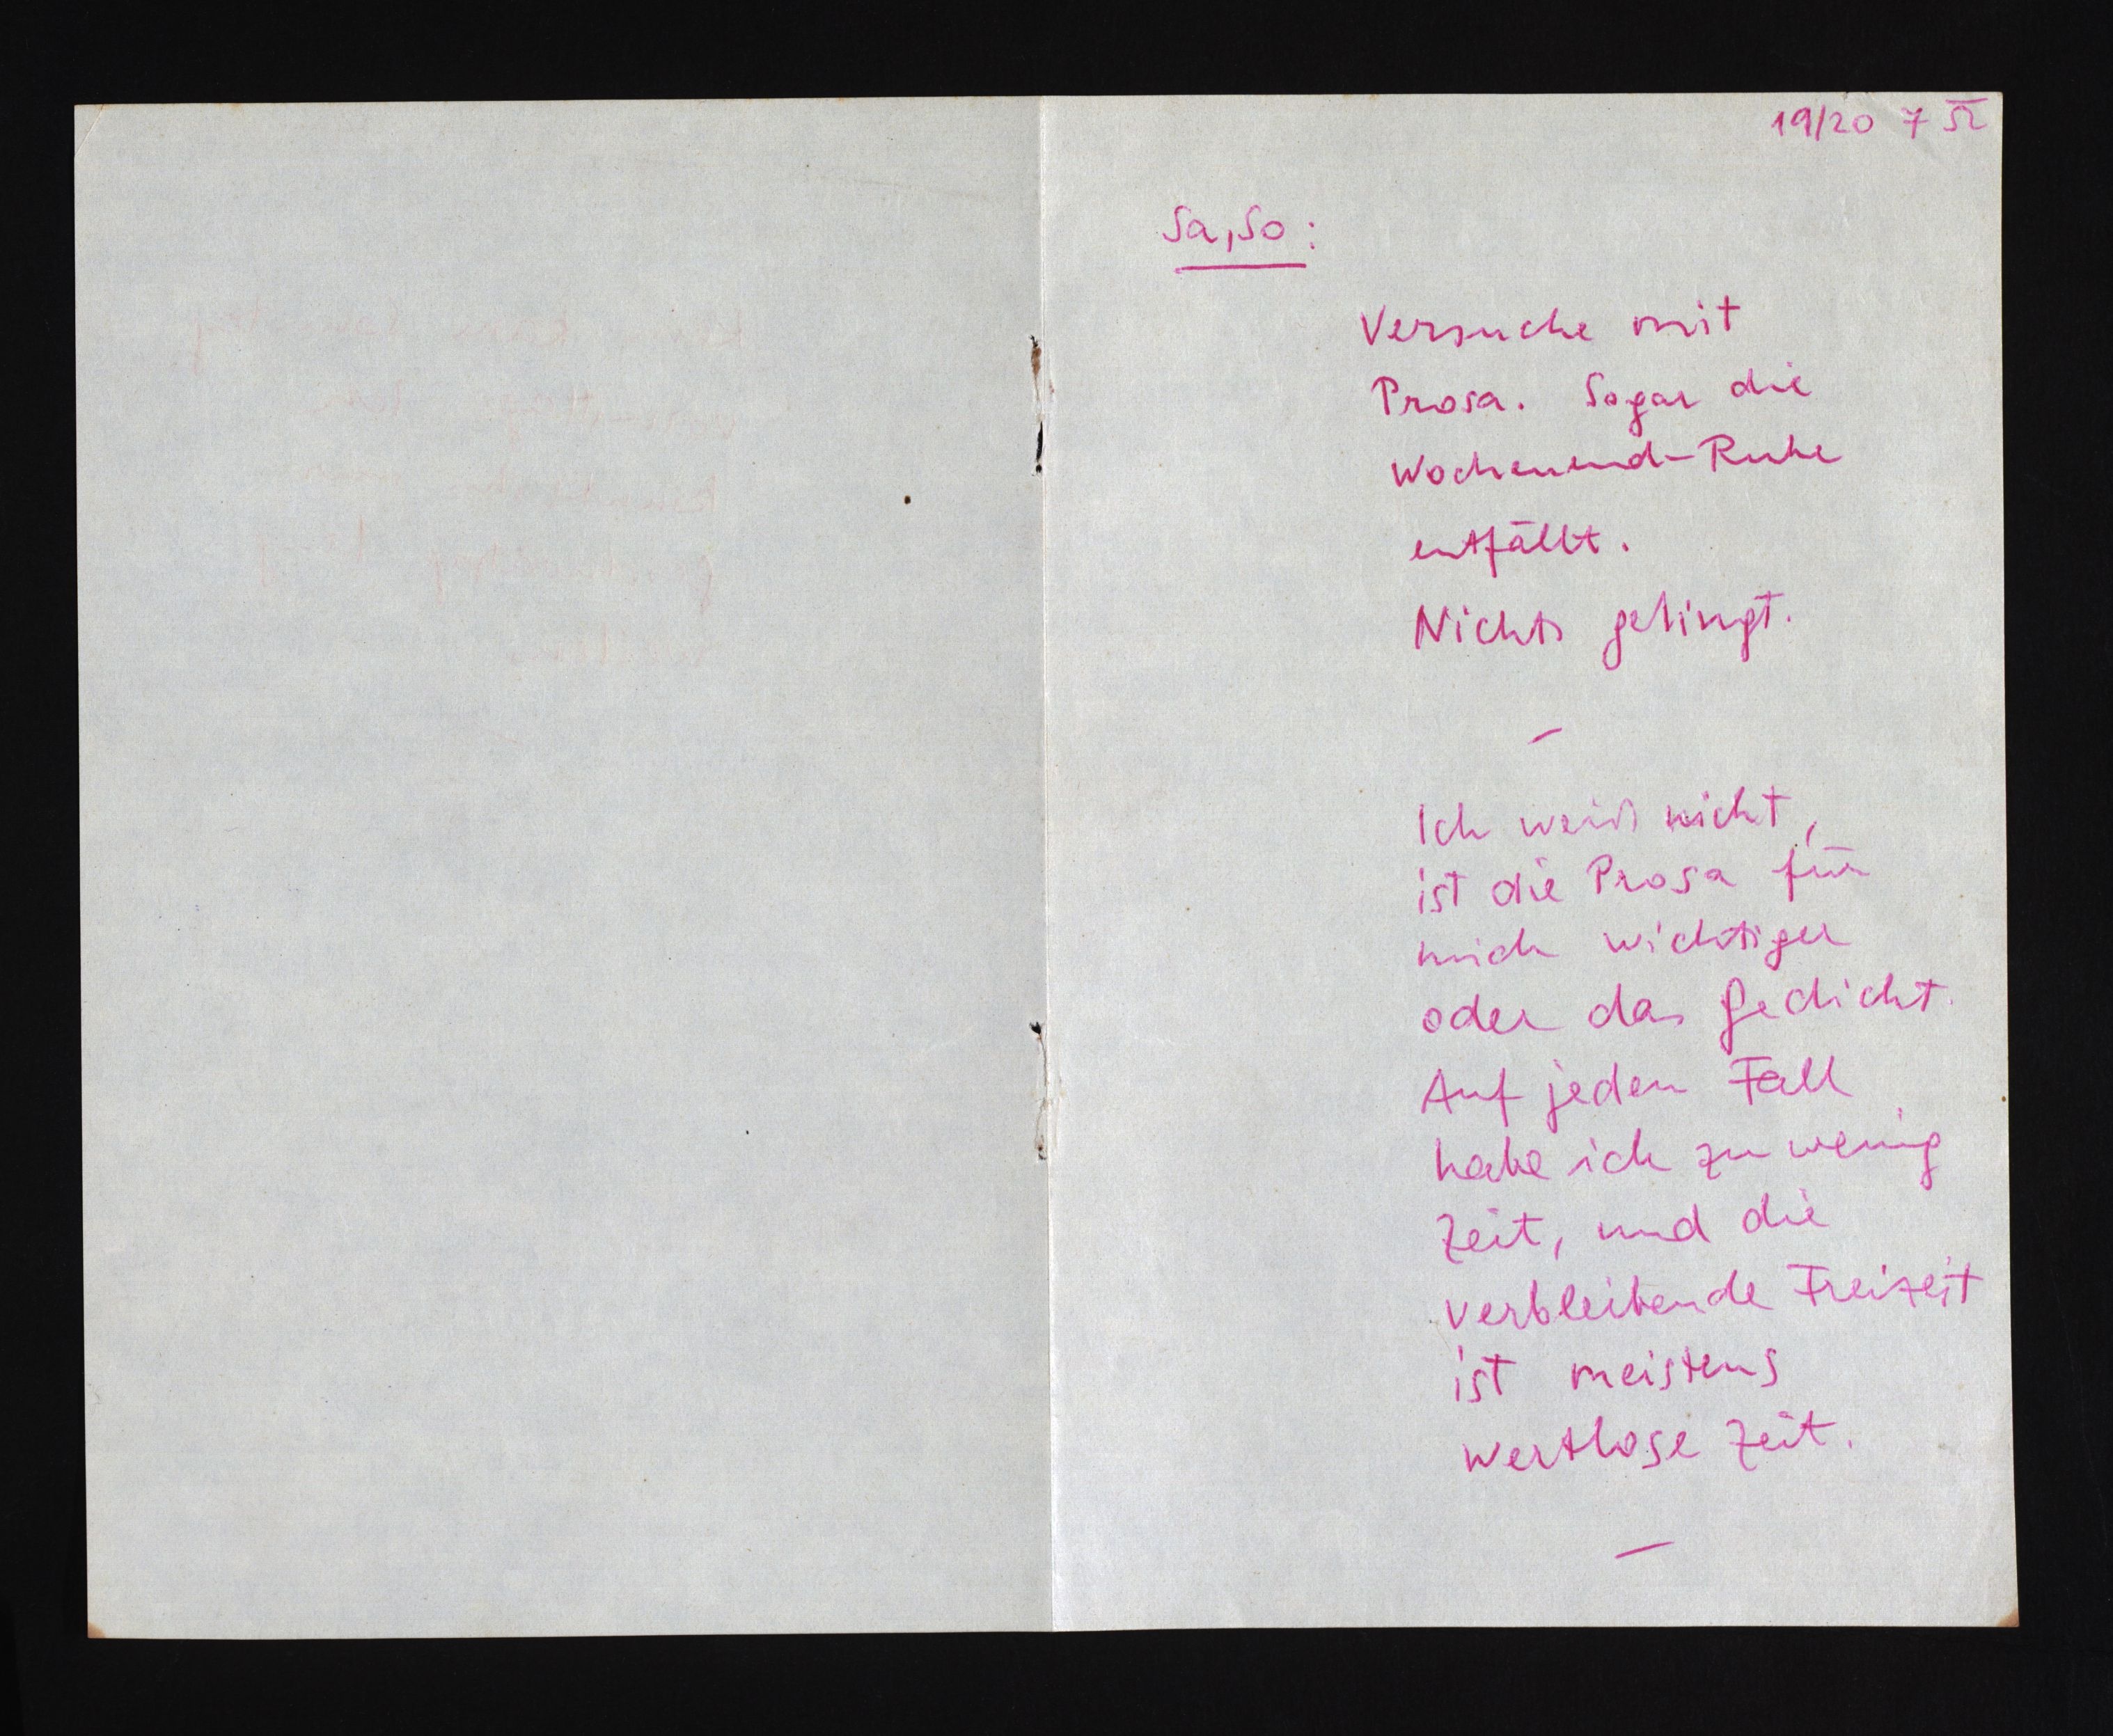
19/20 7 52
Sa, So:
Versuche mit
Prosa. Sogar die
Wochenend-Ruhe
entfällt.
Nichts gelingt.
Ich weiß nicht,
ist die Prosa für
mich wichtiger
oder das Gedicht.
Auf jeden Fall
habe ich zu wenig
Zeit, und die
verbleibende Freizeit
ist meistens
wertlose Zeit.